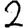
Digit: 2